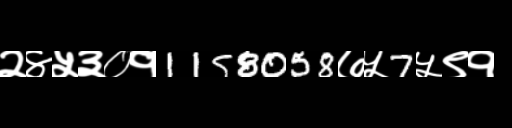
Text: २४५३०१1158058७५7५९१